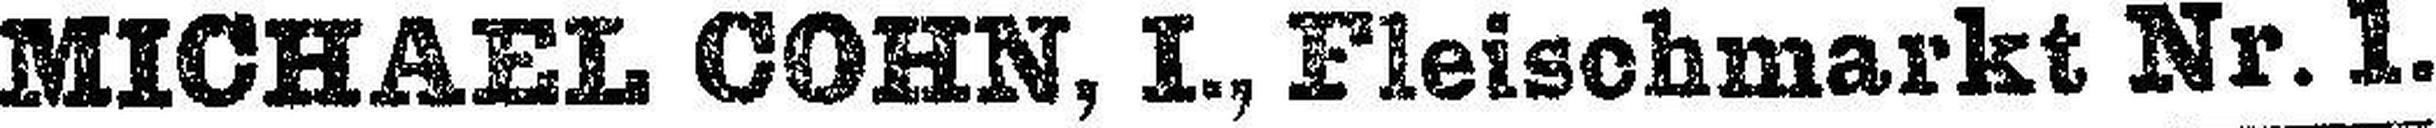
MICHAEL COHN, I., Fleischmarkt Nr. 1.